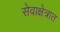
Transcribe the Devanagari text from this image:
सेवाक्षेत्रात